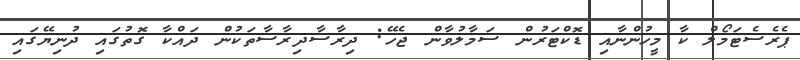
ޕެރެސެޓަމޯލް ކާ މީހުންނާއި ޑޮކްޓަރުން ސަމާލުވާން ޖެހޭ: ދިރާސާދިރާސާތަކުން ދައްކާ ގޮތުގައި ދުނިޔޭގައި